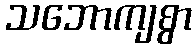
သဘောကျစွာ